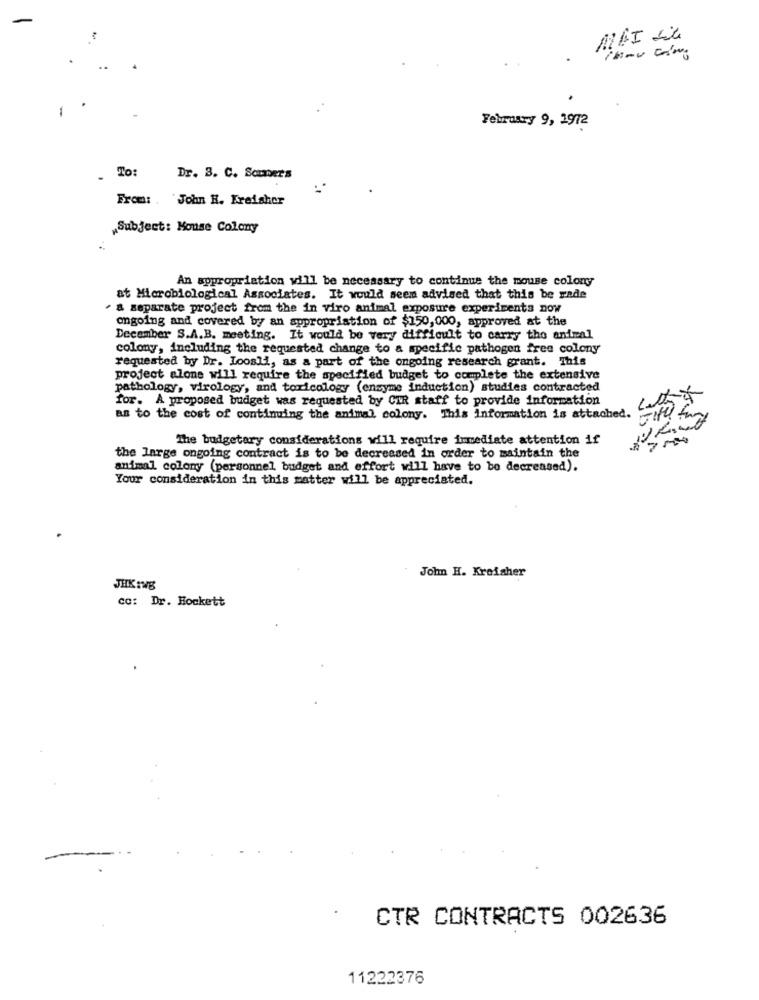
February 9, 1972
. To:
Dr. 3. C. Somner's
From: . John H. Freisher
„Subject: Mouse Colony
An appropriation will be necessary to continue the mouse colony
at Microbiological Associates. It would seem advised that this be rade
" a separate project from the in viro animal exposure experiments now
ongoing and covered by an appropriation of $150,000, approved at the
December S.A.B. meeting. It would be very difficult to carry the animal
colony, including the requested change to a specific pathogen free colony
requested by Dr. Loosli, as a part of the ongoing research grant. This
project alone will require the specified budget to complete the extensive
pathology, virology, and toxicology (enzyme induction) studies contracted
for. A proposed budget was requested by CIR staff to provide information
as to the cost of contiming the animal colony. This Information is attached.
The budgetary considerations will require immediate attention if
2.
the large ongoing contract is to be decreased in order to maintain the
animal colony (personnel budget and effort will have to be decreased).
Your consideration in this matter will be appreciated.
John H. Kreisher
JHK INE
co: Dr. Hockett
CTR CONTRACTS 002636
11222376